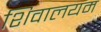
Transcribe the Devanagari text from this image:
शिवालयम